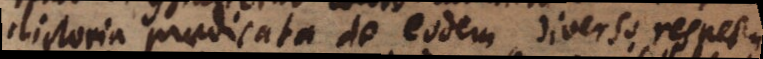
contradictoria praedicata de eodem, diverso respectu